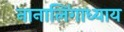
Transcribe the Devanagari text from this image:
नानालिंगाध्याय